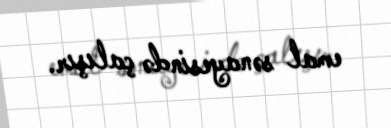
emal sənayesində çalışır.